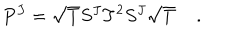
{ P } ^ { J } = \sqrt { { T } } { S } ^ { J } { T } ^ { 2 } { S } ^ { J } \sqrt { { T } } \; .